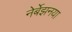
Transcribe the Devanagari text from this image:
नेर्बेझनया